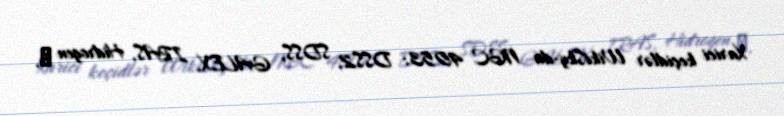
Xarici keçidlər WikiSky-da NGC 4053: DSS2, SDSS, GALEX, IRAS, Hidrogen α,